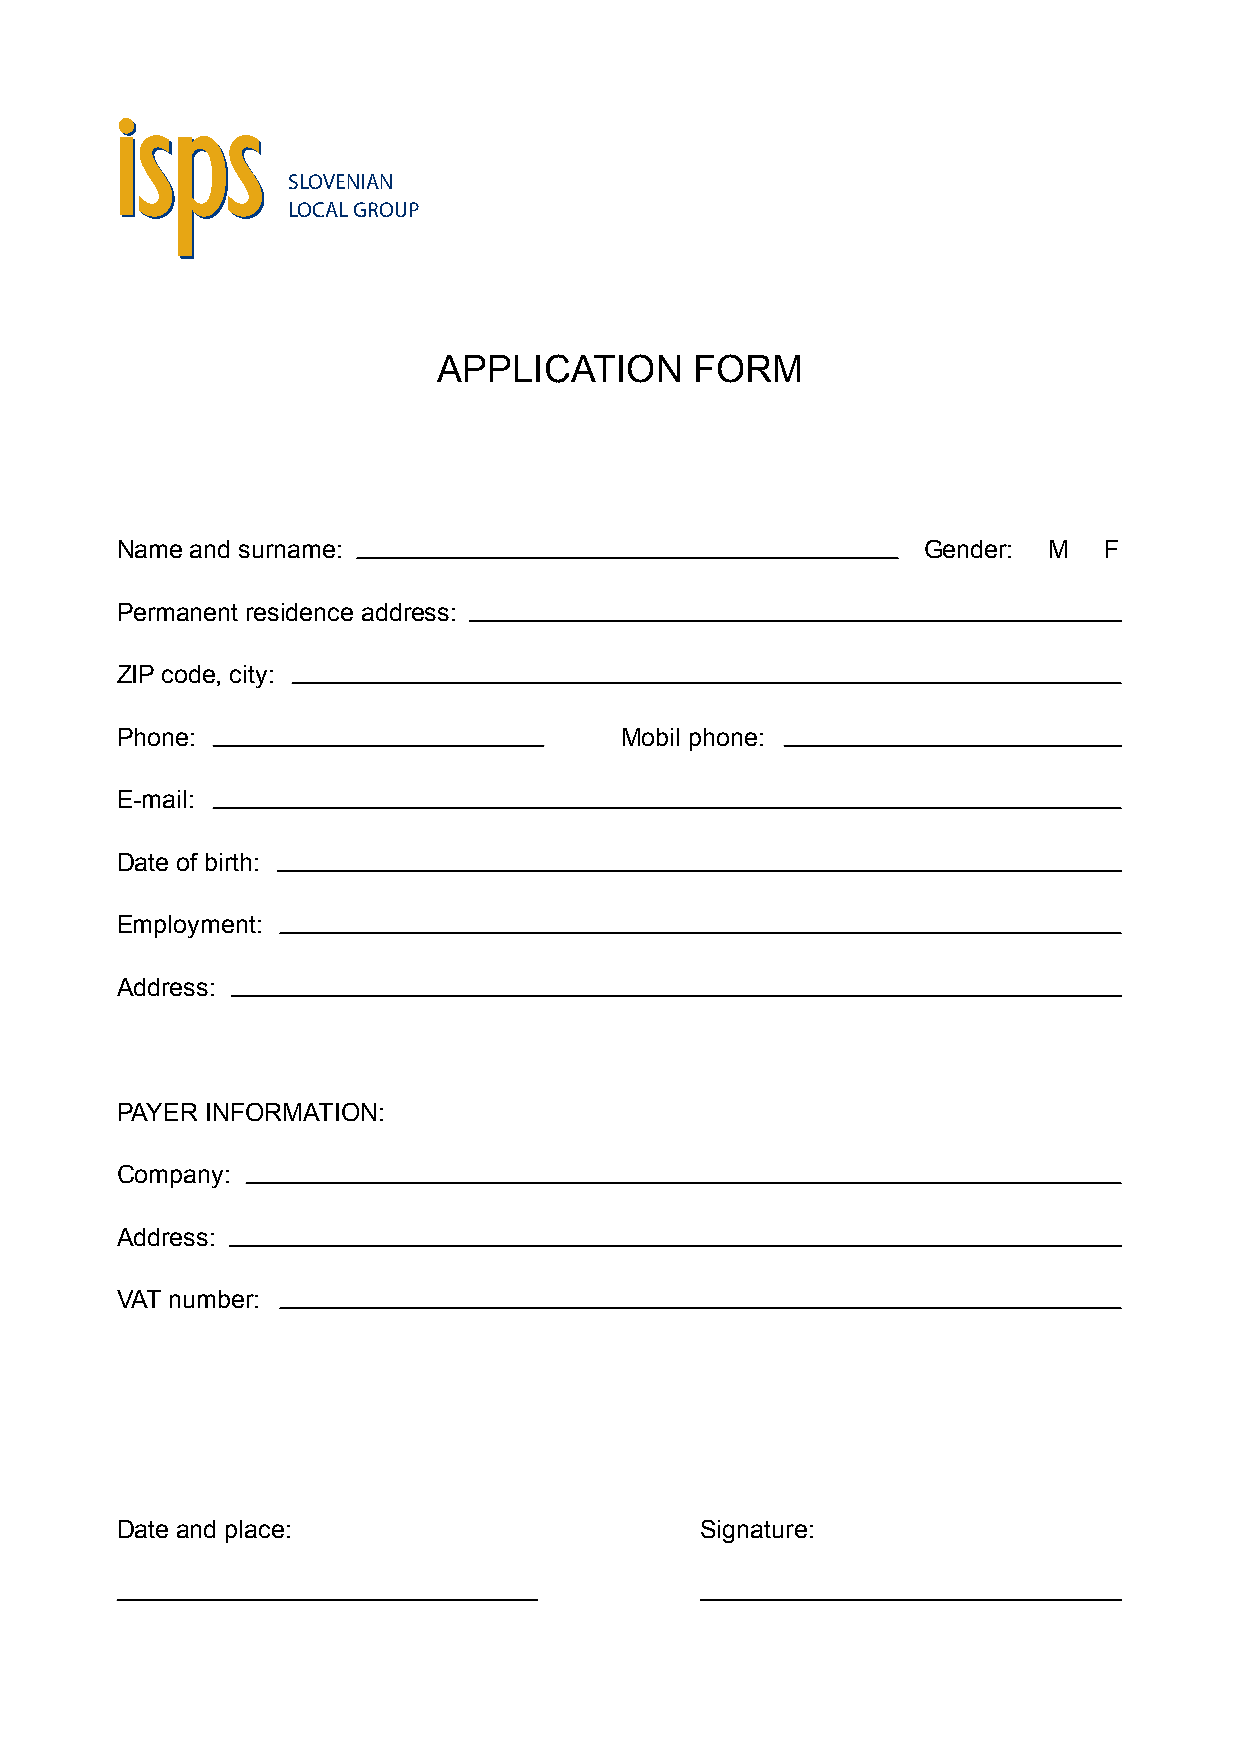
SLOVENIAN
 LOCAL GROUP
 APPLICATION      FORM
 Name and surname:                                    Gender: M   F
 Permanent residence address:
 ZIP code, city:
 Phone:                           Mobil phone:
 E-mail:
 Date of birth:
 Employment:
 Address:
 PAYER INFORMATION:
 Company:
 Address:
 VAT number:
 Date and place:                       Signature: